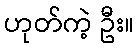
ဟုတ်ကဲ့ ဦး။